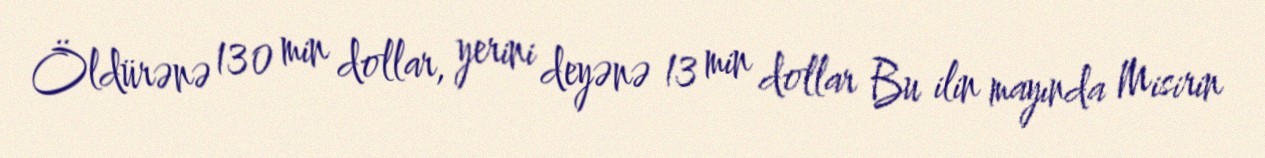
Öldürənə 130 min dollar, yerini deyənə 13 min dollar Bu ilin mayında Misirin